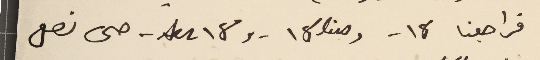
فراجعنا 18 - و 18 bis -  و 18 tes - حىى نصل